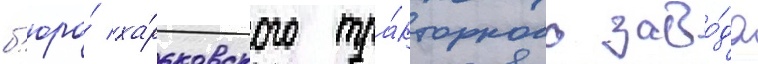
б'юро́ ха́рьковского тра́кторного заво́да